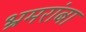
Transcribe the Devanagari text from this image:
भ्रमरांबा